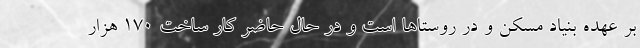
بر عهده بنیاد مسکن و در روستاها است و در حال حاضر کار ساخت 170 هزار